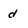
Character: d